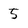
Character: 5